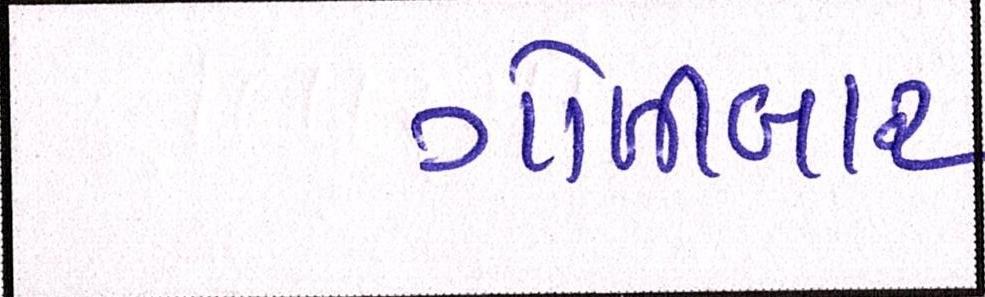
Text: ગોળીબાર